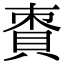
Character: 𧵩